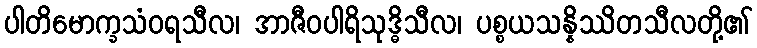
ပါတိမောက္ခသံဝရသီလ၊ အာဇီဝပါရိသုဒ္ဓိသီလ၊ ပစ္စယသန္နိဿိတသီလတို့၏